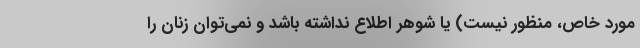
مورد خاص، منظور نیست) یا شوهر اطلاع نداشته باشد و نمی‌توان زنان را